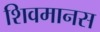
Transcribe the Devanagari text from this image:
शिवमानस